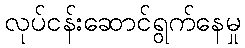
လုပ်ငန်းဆောင်ရွက်နေမှု